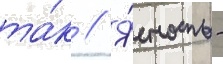
та́к // Я́сность -